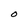
Character: 0